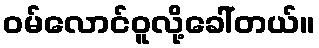
ဝမ်လောင်ဝူလို့ခေါ်တယ်။